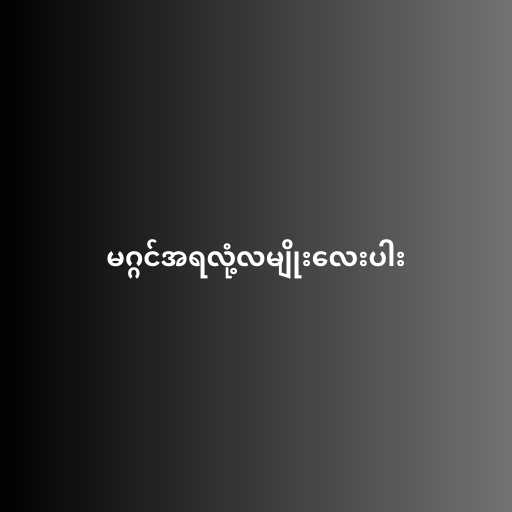
မဂ္ဂင်အရလုံ့လမျိုးလေးပါး